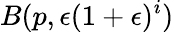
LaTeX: B(p,\epsilon(1+\epsilon)^{i})